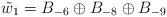
LaTeX: \begin{align*}\tilde{w}_1 = B_{-6} \oplus B_{-8} \oplus B_{-9}\end{align*}